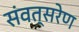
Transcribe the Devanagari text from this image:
संवत्सरेण